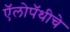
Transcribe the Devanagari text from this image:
ऍलोपॅथीचे